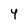
Character: 4